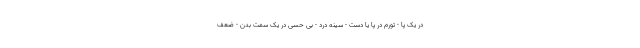
در یک پا - تورم در پا یا دست - سینه درد - بی حسی در یک سمت بدن - ضعف